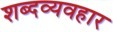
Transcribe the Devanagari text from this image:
शब्दव्यवहार